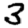
Digit: 3